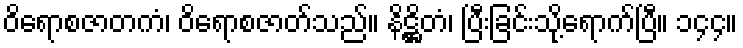
ဝိရောစဇာတကံ၊ ဝိရောစဇာတ်သည်။ နိဋ္ဌိတံ၊ ပြီးခြင်းသို့ရောက်ပြီ။ ၁၄၄။